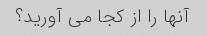
آنها را از کجا می آورید؟